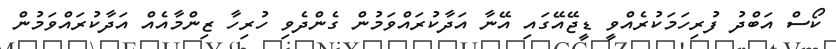
ކޯސް އަބްދު ފުރިހަަމަކުރެެއްވީ ޑީޖޭއޭގައި އޭނާ އަދާކުރައްވަމުން ގެންދެވި ހުރިހާ ޒިންމާއެއް އަދާކުރައްވަމުން